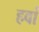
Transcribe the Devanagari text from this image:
हवां